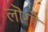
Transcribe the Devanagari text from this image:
लॊगॊ